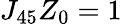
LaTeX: J_{45}Z_{0}=1